Vabadussoja_Ajaloo_Komitee, lk 51
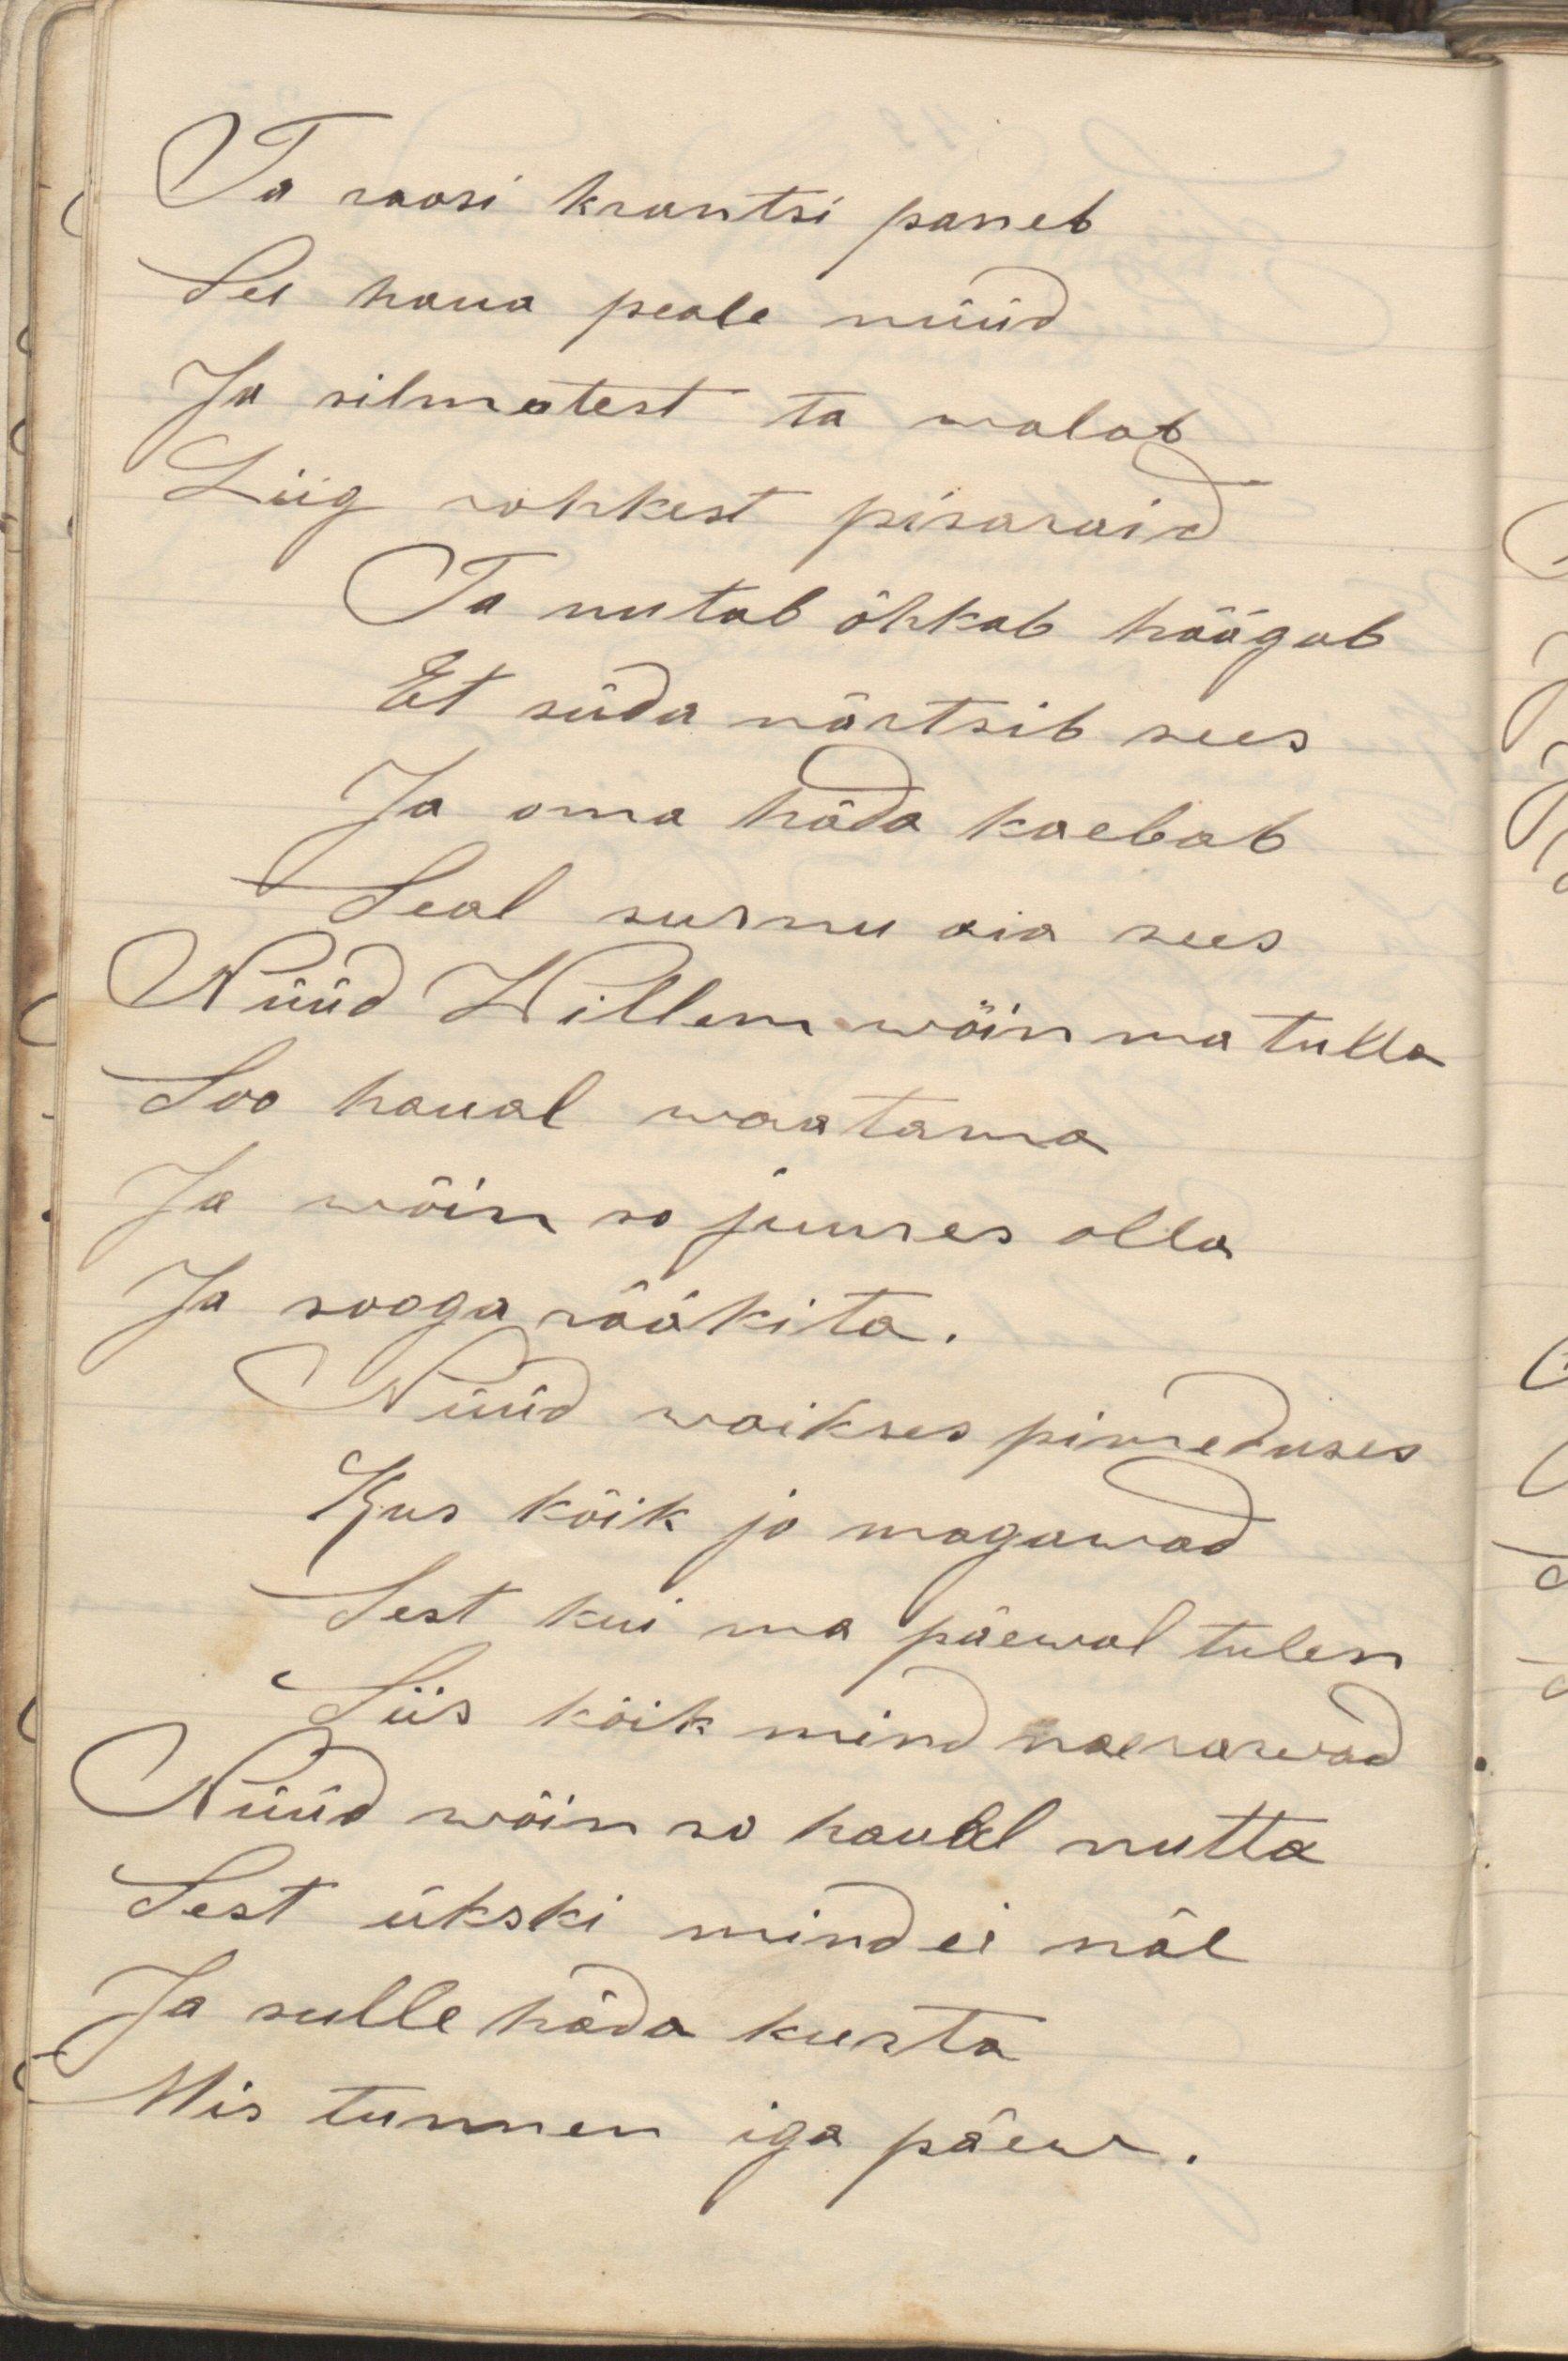
Ta roosi krantsi paneb
See haua peale nüüd
Ja silmatest ta walab
Liig rohkest pisaraid
Ta nutab õhkab hõõgub
Et süda närtsib sees
Ja oma häda kaebab
Seal surnu aia sees
Nüüd Willem wõin ma tulla
Soo haual waatama
Ja wõin so juures olla
Ja sooga rääkita.
Nüüd waikses pimeduses
Kus kõik jo magawad
Sest kui ma päewal tulen
Siis kõik mind naerawad
Nüüd wõin so haual nutta
Sest ükski mind ei näe
Ja sulle häda kurta
Mis tunnen iga päew.